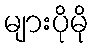
များပိုမို